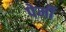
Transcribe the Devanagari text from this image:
पेर्मी